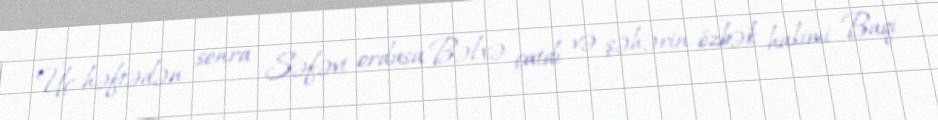
Üç həftədən sonra Səfəvi ordusu Bəlxə çatdı və şəhərin özbək hakimi Baqi